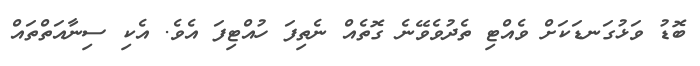
ބޮޑު ވަޅުގަނޑަކަށް ވެއްޓި ތެދުވެވޭނެ ގޮތެއް ނެތިފަ ހުއްޓިފަ އެވެ. އެކި ސިނާއަތްތައް